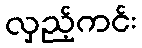
လှည့်ကင်း